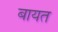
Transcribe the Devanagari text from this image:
बायत